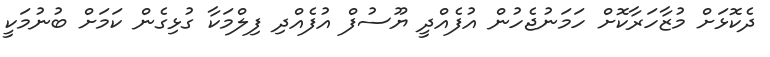
ދެކޮޅަށް މުޒާހަރާކޮށް ހަމަނުޖެހުން އުފެއްދީ ޔޫސުފް އުފެއްދި ފިލްމަކާ ގުޅިގެން ކަމަށް ބުނުމަކީ